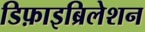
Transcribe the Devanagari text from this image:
डिफ़ाइब्रिलेशन